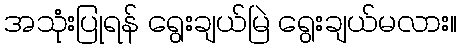
အသုံးပြုရန် ရွေးချယ်မြဲ ရွေးချယ်မလား။